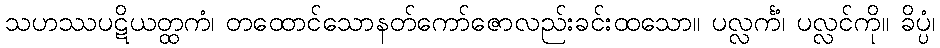
သဟဿပဋိယတ္ထကံ၊ တထောင်သောနတ်ကော်ဇောလည်းခင်းထသော။ ပလ္လင်္ကံ၊ ပလ္လင်ကို။ ခိပ္ပံ၊